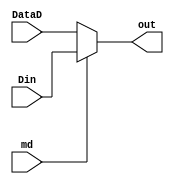
module MuxD(md,Din,DataD,out);

input md;
input [7:0] Din;
input [7:0] DataD;

output [7:0] out;

assign out = (md == 1'b1) ? Din : DataD;

endmodule